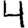
Digit: 4